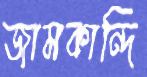
জামকান্দি